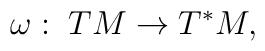
\omega:\; TM\rightarrow T^{\ast}M,